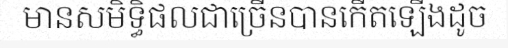
មានសមិទ្ធិផលជាច្រើនបានកើតឡើងដូច